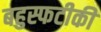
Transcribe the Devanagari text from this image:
बहुस्फटीकी